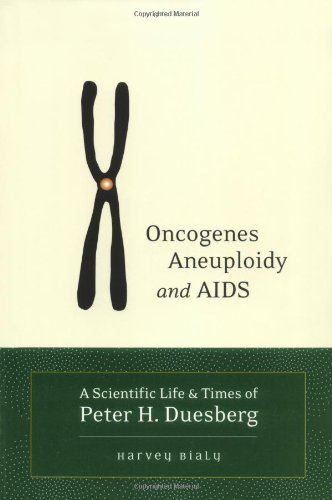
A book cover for Oncogenes, Aneuploidy, and AIDS: A Scientific Life & Times of Peter H. Duesberg; Harvey Bialy; Health, Fitness & Dieting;